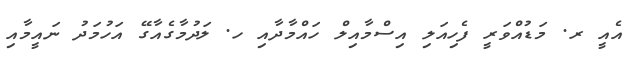
އެއީ ރ. މަޑުއްވަރީ ފެހިއަލި އިސްމާއިލް ހައްމާދާއި ހ. ލަދުމާގެއާގޭ އަހުމަދު ނައީމާއި